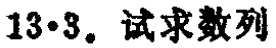
$13\cdot3.$ 试求数列